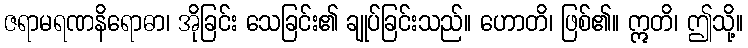
ဇရာမရဏနိရောဓာ၊ အိုခြင်း သေခြင်း၏ ချုပ်ခြင်းသည်။ ဟောတိ၊ ဖြစ်၏။ ဣတိ၊ ဤသို့။